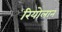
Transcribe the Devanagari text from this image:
रियोलान